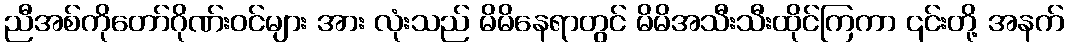
ညီအစ်ကိုတော်ဂိုဏ်းဝင်များ အား လုံးသည် မိမိနေရာတွင် မိမိအသီးသီးထိုင်ကြကာ ၎င်းတို့ အနက်